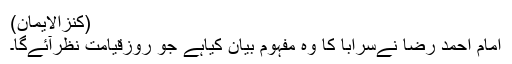
(کنزالایمان)
امام احمد رضا نےسَرَابًا کا وہ مفہوم بیان کیاہے جو روزِقیامت نظرآئےگا۔